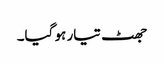
جھٹ تیار ہو گیا۔